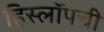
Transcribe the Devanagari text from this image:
हिस्लॉपची